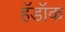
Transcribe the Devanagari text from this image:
हॅडॉक